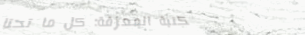
مكتبة المعرفة: كل ما تحتا